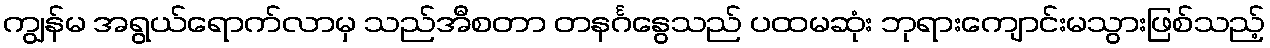
ကျွန်မ အရွယ်ရောက်လာမှ သည်အီစတာ တနင်္ဂနွေသည် ပထမဆုံး ဘုရားကျောင်းမသွားဖြစ်သည့်